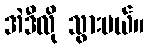
အဲဒီလို သွားမယ်။